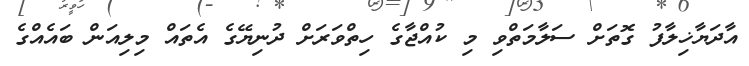
އާދަޔާޚިލާފު ގޮތަށް ސަލާމަތްވި މި ކުއްޖާގެ ހިތްވަރަށް ދުނިޔޭގެ އެތައް މިލިއަން ބައެއްގެ